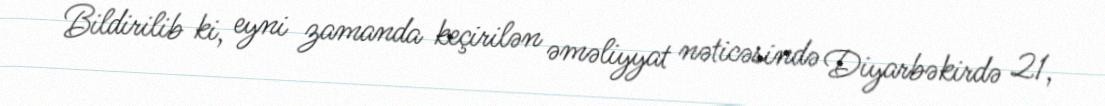
Bildirilib ki, eyni zamanda keçirilən əməliyyat nəticəsində Diyarbəkirdə 21,